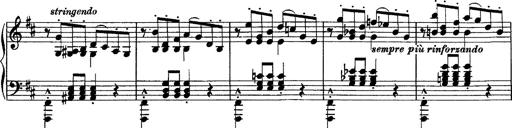
Title: Piano Sonata
Composer: Karl HÃ¤ssler
Key: C major